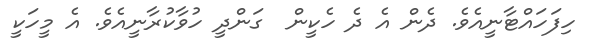
ހިފަހައްޓާނީއެވެ. ދެން އެ ދެ ހެކީން  ގަންދީ ހުވާކުރާނީއެވެ. އެ މީހަކީ